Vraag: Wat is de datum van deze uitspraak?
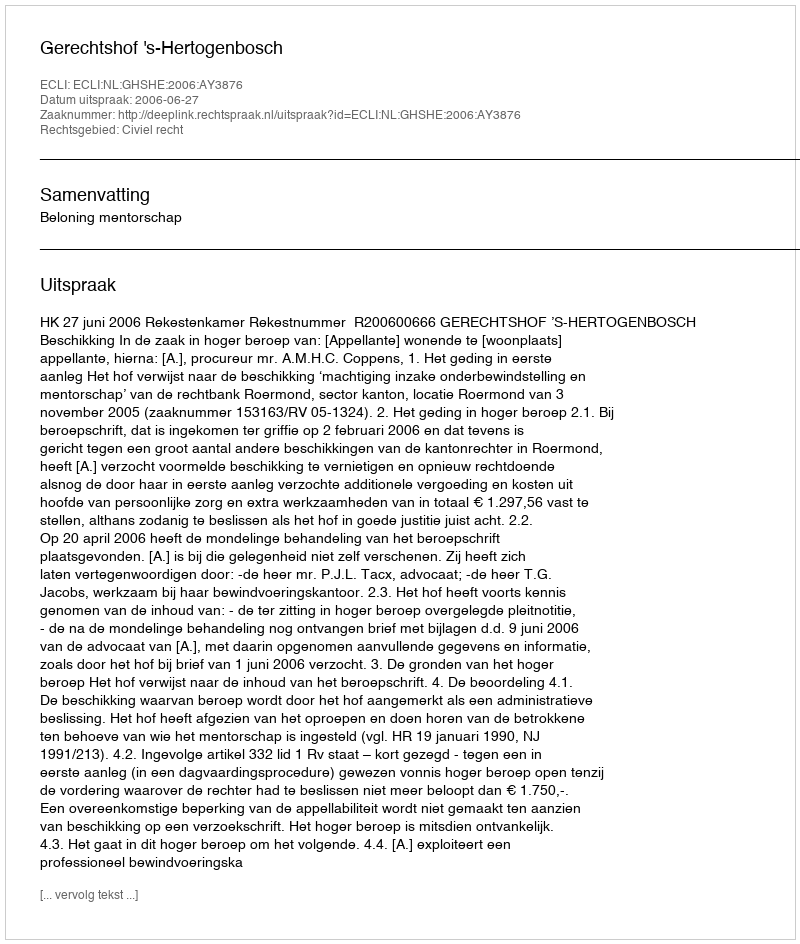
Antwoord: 2006-06-27